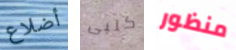
أضلاع كلبى منظور